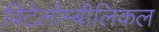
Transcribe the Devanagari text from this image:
विटेलोम्बीलिकल